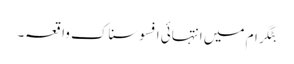
بٹگرام میں انتہائی افسوسناک واقعہ۔